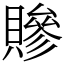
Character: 贂